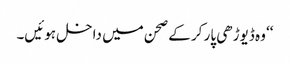
‘‘ وہ ڈیوڑھی پار کر کے صحن میں داخل ہوئیں۔